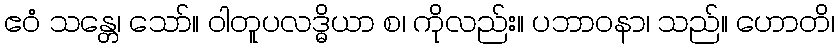
ဧဝံ သန္တေ၊ သော်။ ဝါတူပလဒ္ဓိယာ စ၊ ကိုလည်း။ ပဘာဝနာ၊ သည်။ ဟောတိ၊